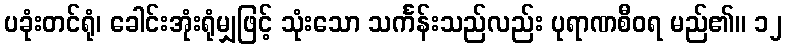
ပခုံးတင်ရုံ၊ ခေါင်းအုံးရုံမျှဖြင့် သုံးသော သင်္ကန်းသည်လည်း ပုရာဏစီဝရ မည်၏။ ၁၂